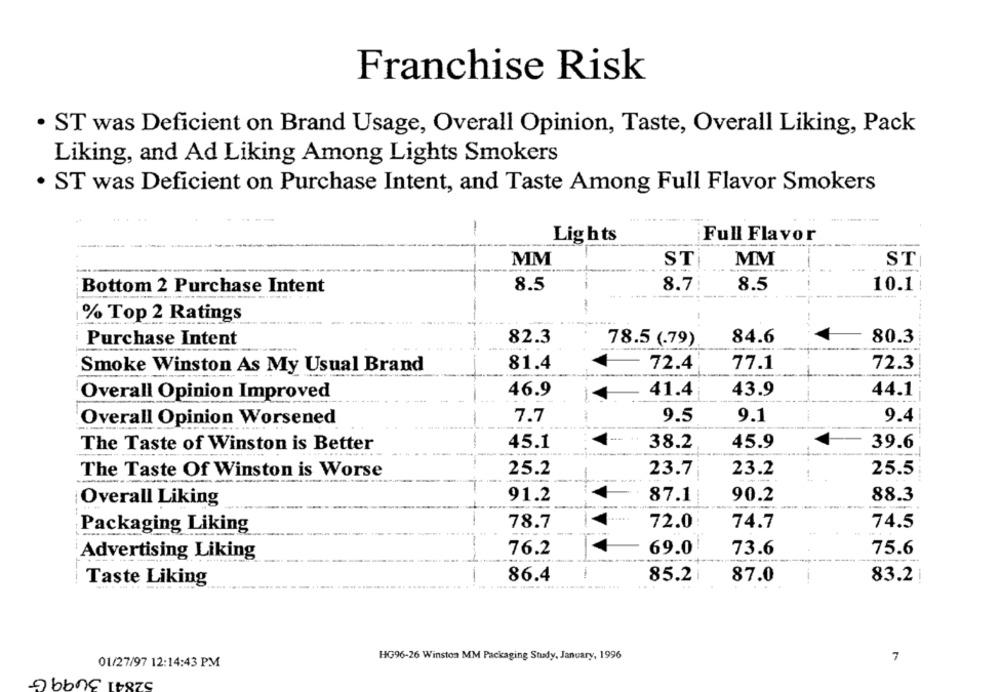
Franchise Risk
· ST was Deficient on Brand Usage, Overall Opinion, Taste, Overall Liking, Pack
Liking, and Ad Liking Among Lights Smokers
· ST was Deficient on Purchase Intent, and Taste Among Full Flavor Smokers
-
Lights
Full Flavor
MM
ST
MM
ST
Bottom 2 Purchase Intent
8.5
8.7:
8.5
10.1|
-
% Top 2 Ratings
-
Purchase Intent
82.3
78.5 (.79)
84.6
80.3
81.4
72.4
77.1
72.3
Smoke Winston As My Usual Brand
Overall Opinion Improved
46.9
41.4
43.9
44.1
Overall Opinion Worsened
7.7
9.5
9.1
9.4
1
The Taste of Winston is Better
45.1
38.2
45.9
39.6
The Taste Of Winston is Worse
25.2
23.7
23.2
25.5
87.1
90.2
88.3
Overall Liking
91.2
78.7
72.0
74.7
74.5
Packaging Liking
Advertising Liking
76.2
69.0
73.6
75.6
-
Taste Liking
86.4
85.2
87.0
83.2
HG96-26 Winston MM Packaging Study, January, 1996
7
01/27/97 12:14:43 PM
52841 3499G